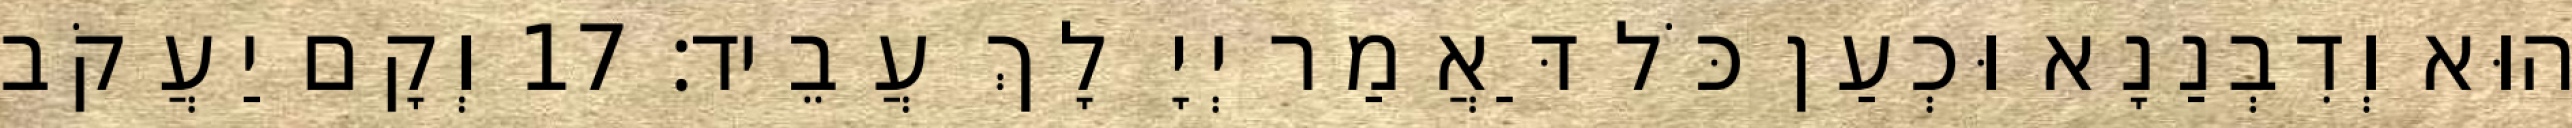
הוּא וְדִבְנַנָא וּכְעַן כֹּל דַּאֲמַר יְיָ לָךְ עֲבֵיד׃ 17 וְקָם יַעֲקֹב